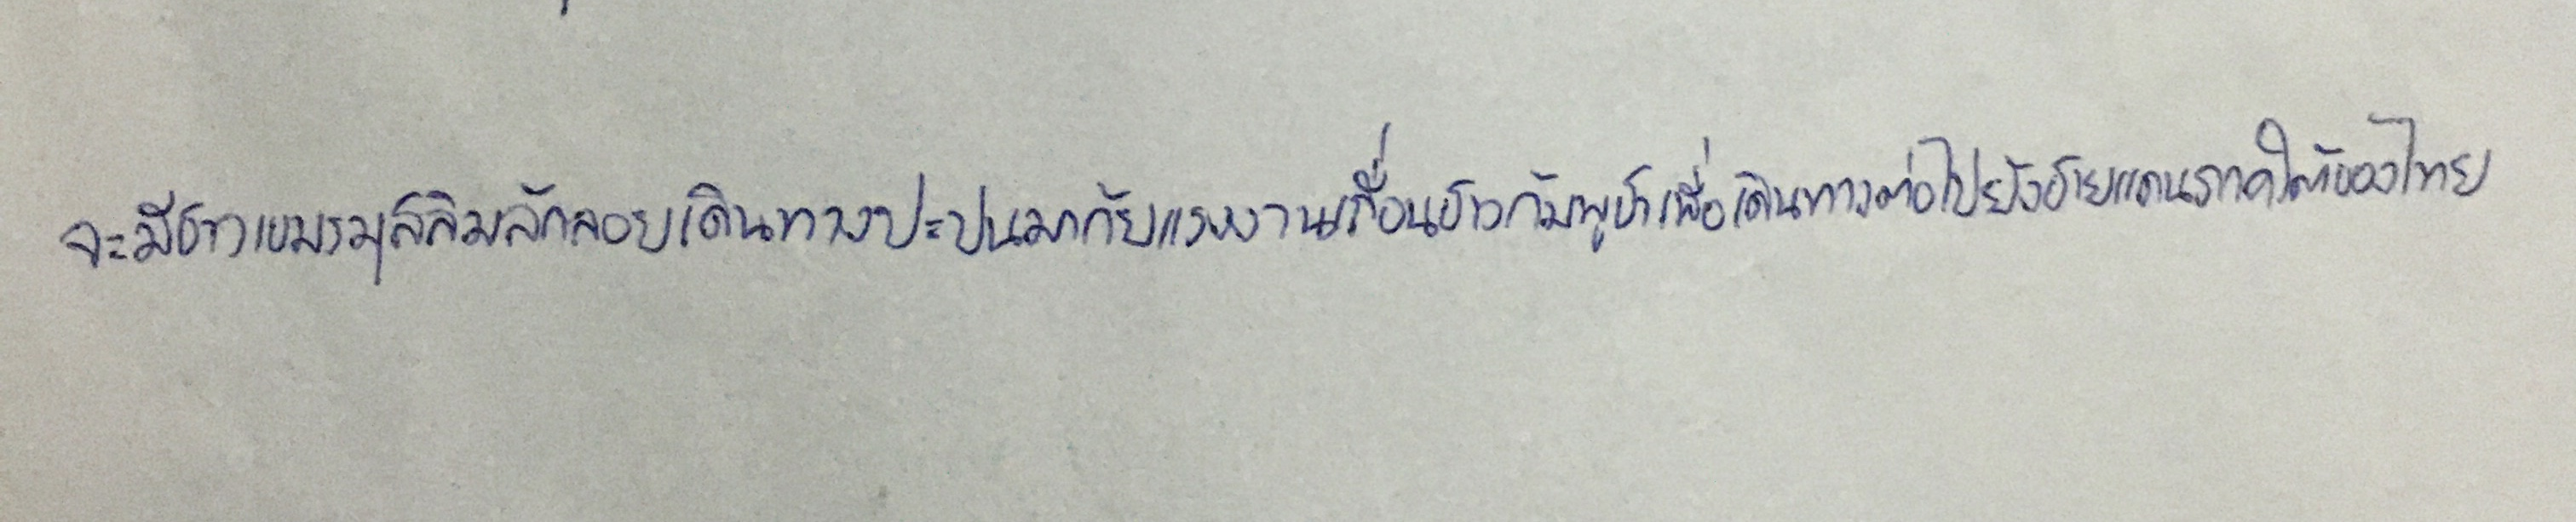
จะมีชาวเขมรมุสลิมลักลอบเดินทางปะปนมากับแรงงานเถื่อนชาวกัมพูชาเพื่อเดินทางต่อไปยังชายแดนภาคใต้ของไทย